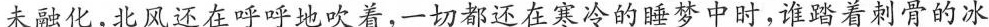
未融化，北风还在呼呼地吹着，一切都还在寒冷的睡梦中时，谁踏着刺骨的冰